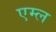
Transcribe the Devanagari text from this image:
एम्ल